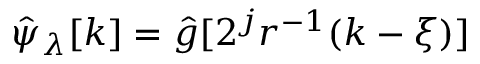
\hat { \psi } _ { \lambda } [ k ] = \hat { g } [ 2 ^ { j } r ^ { - 1 } ( k - \xi ) ]